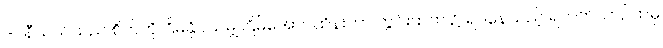
ဒင်နီယယ်သည် စိတ်ကို ငြိမ်နိုင်သမျှ ငြိမ်အောင်ထိန်းကာ ကွင်းထက် ၌ ရပ်နေသည့် ရဟတ်ယာဉ်ထဲမှ